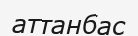
аттанбас